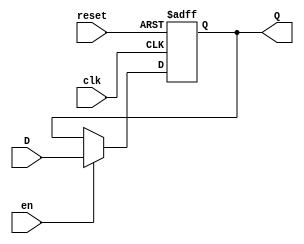
module BarrierRegister (
    input wire clk,        // Clock signal
    input wire en,        // Enable signal
    input wire reset,     // Asynchronous reset signal
    input wire [N-1:0] D, // Data input (N-bit wide)
    output reg [N-1:0] Q  // Data output (N-bit wide)
);
    parameter N = 8; // Define the width of the register (can be changed as needed)

    // Asynchronous reset and synchronous data storage
    always @(posedge clk or posedge reset) begin
        if (reset) begin
            Q <= {N{1'b0}}; // Set output to 0 when reset is high
        end else if (en) begin
            Q <= D; // Latch the input data when enable is high
        end
        // If reset is not high and enable is low, Q retains its previous value
    end
endmodule